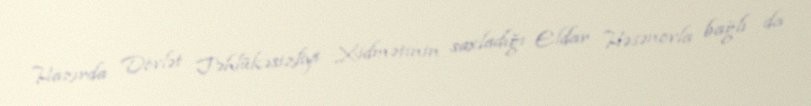
Hazırda Dövlət Təhlükəsizliyi Xidmətinin saxladığı Eldar Həsənovla bağlı da